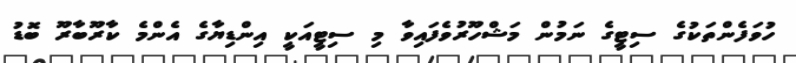
ހުވަފެންތަކުގެ ސިޓީގެ ނަމުން މަޝްހޫރުވެފައިވާ މި ސިޓީއަކީ އިންޑިޔާގެ އެންމެ ކާރޫބާރޫ ބޮޑު